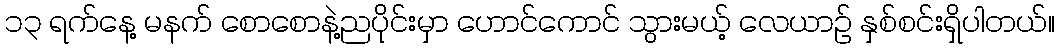
၁၃ ရက်နေ့ မနက် စောစောနဲ့ညပိုင်းမှာ ဟောင်ကောင် သွားမယ့် လေယာဉ် နှစ်စင်းရှိပါတယ်။